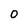
Character: O